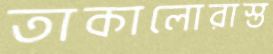
তাকালোরাস্ত